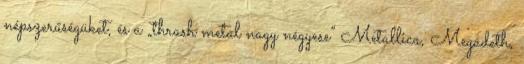
népszerűségüket, és a „thrash metal nagy négyese” Metallica, Megadeth,